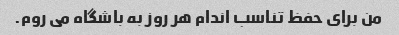
من برای حفظ تناسب اندام هر روز به باشگاه می روم.